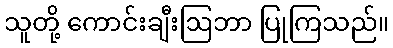
သူတို့ ကောင်းချီးဩဘာ ပြုကြသည်။